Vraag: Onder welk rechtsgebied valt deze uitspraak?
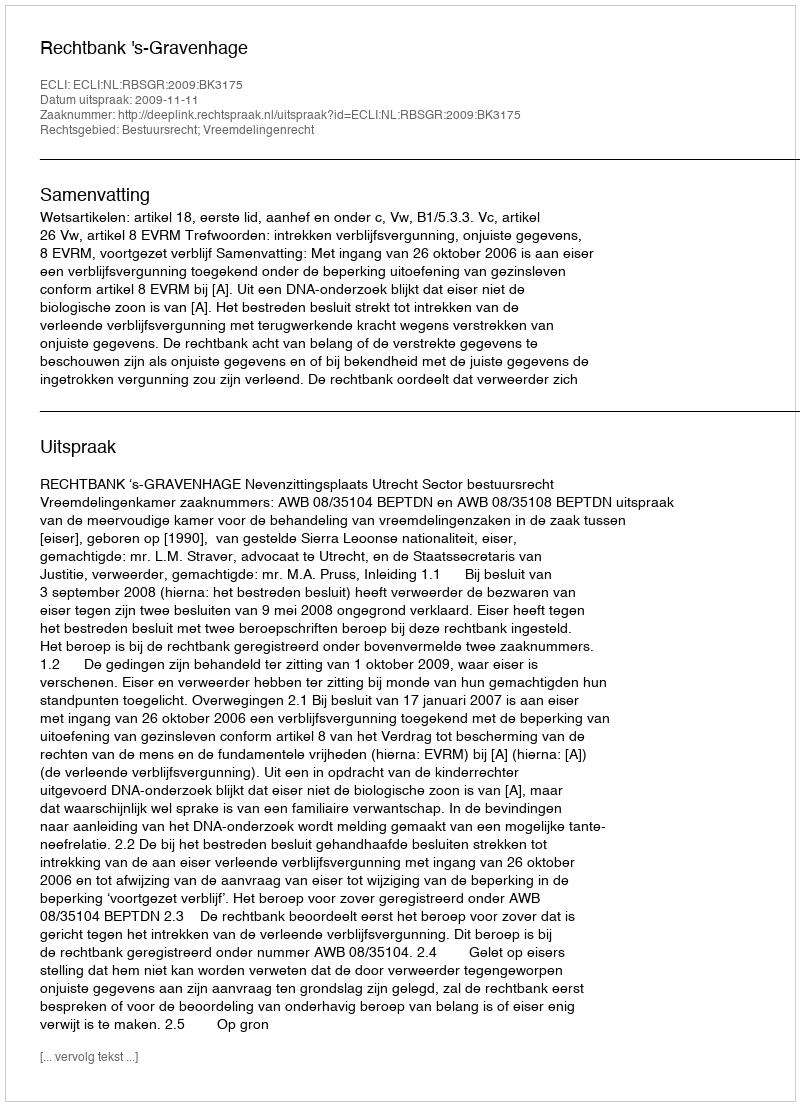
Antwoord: Bestuursrecht; Vreemdelingenrecht